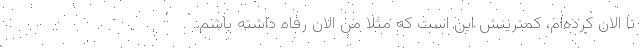
تا الان کرده‌ام، کمترینش این است که مثلا من الان رفاه داشته باشم.